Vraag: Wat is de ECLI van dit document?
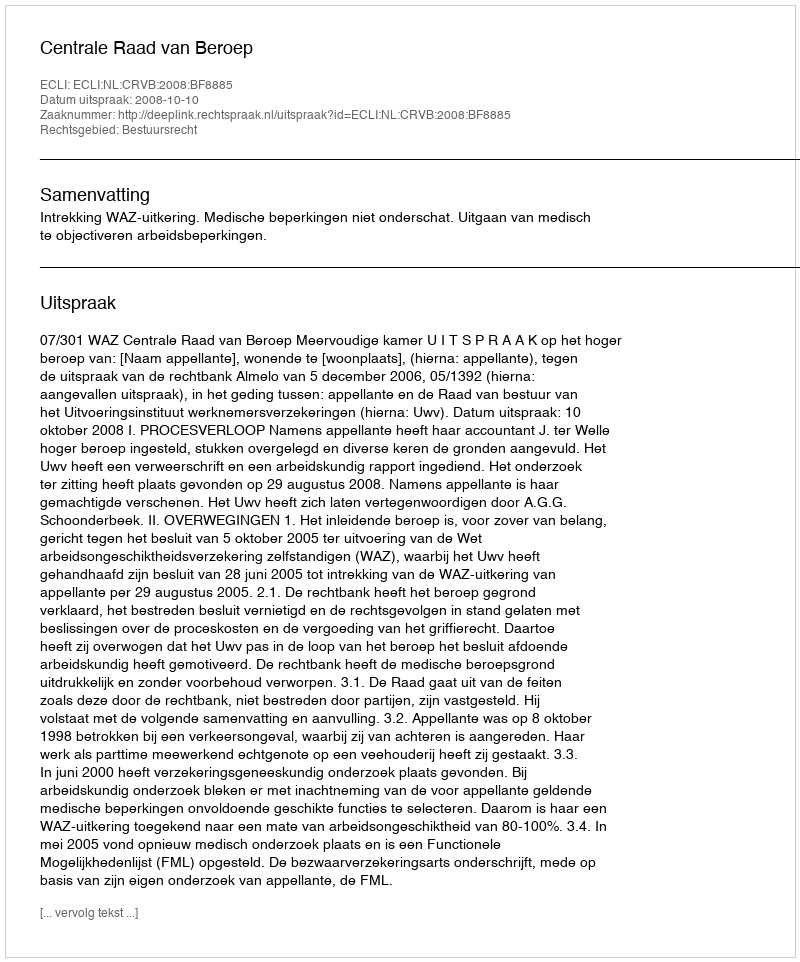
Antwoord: ECLI:NL:CRVB:2008:BF8885